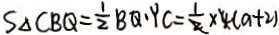
S _ { \Delta } C B Q = \frac { 1 } { 2 } B Q \cdot Y C = \frac { 1 } { 2 } \times 4 ( a + 2 )